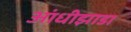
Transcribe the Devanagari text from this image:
आंधीझाडा